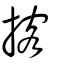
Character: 揢